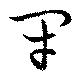
閉